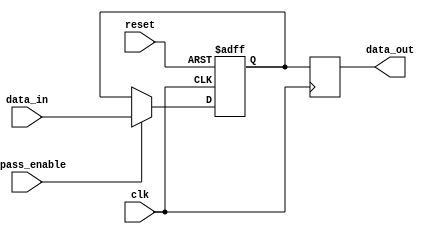
module BypassRegister (
    input wire clk,
    input wire reset,
    input wire bypass_enable,
    input wire [7:0] data_in,
    output reg [7:0] data_out
);

reg [7:0] storage_reg;

always @(posedge clk or posedge reset) begin
    if (reset) begin
        storage_reg <= 8'h00;
    end else begin
        if (bypass_enable) begin
            storage_reg <= data_in;
        end
    end
end

always @(posedge clk) begin
    data_out <= storage_reg;
end

endmodule